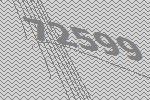
72599